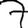
Digit: 7